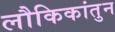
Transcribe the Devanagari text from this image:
लौकिकांतुन